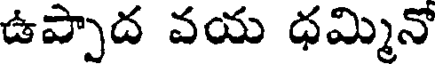
ఉప్పాద వయ ధమ్మినో